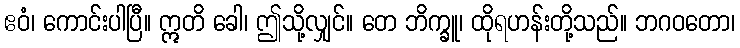
ဧဝံ၊ ကောင်းပါပြီ။ ဣတိ ခေါ၊ ဤသို့လျှင်။ တေ ဘိက္ခူ၊ ထိုရဟန်းတို့သည်။ ဘဂဝတော၊